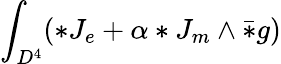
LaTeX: \int_{D^{4}}(*J_{e}+\alpha*J_{m}\wedge\bar{*}g)